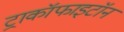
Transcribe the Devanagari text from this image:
ट्राकॉफाइटॉन